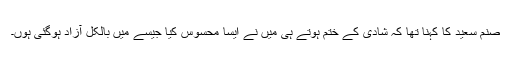
صنم سعید کا کہنا تھا کہ شادی کے ختم ہوتے ہی میں نے ایسا محسوس کیا جیسے میں بالکل آزاد ہوگئی ہوں۔